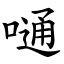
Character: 嗵